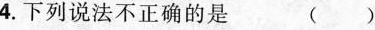
4.下列说法不正确的是 ( )